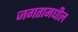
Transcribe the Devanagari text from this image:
जगतामधील